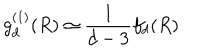
g _ { d } ^ { ( 1 ) } ( R ) \simeq \frac { 1 } { d - 3 } f _ { d } ( R )